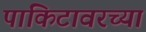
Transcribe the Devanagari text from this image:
पाकिटावरच्या